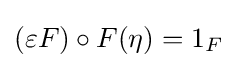
(\varepsilon F)\circ F(\eta )=1_{F}